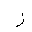
Letter: _zay